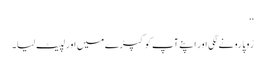
‘‘
رُوپا رونے لگی اور اپنے آپ کو کپڑے میں اور لپیٹ لیا۔